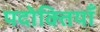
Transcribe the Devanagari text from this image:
पदोक्तियाँ